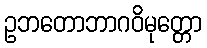
ဥဘတောဘာဂဝိမုတ္တော